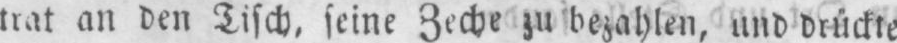
trat an den Tisch, seine Zeche zu bezahlen, und drückte